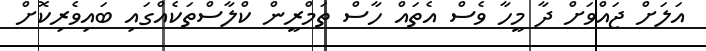
އަލަށް ޖައްވަށް ދާ މީހާ ވެސް އެތައް ހާސް ތަމްރީން ކްލާސްތަކެއްގައި ބައިވެރިކޮށް